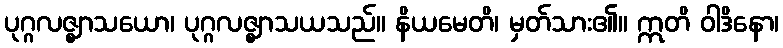
ပုဂ္ဂလဇ္ဈာသယော၊ ပုဂ္ဂလဇ္ဈာသယသည်။ နိယမေတိ၊ မှတ်သား၏။ ဣတိ ဝါဒိနော၊